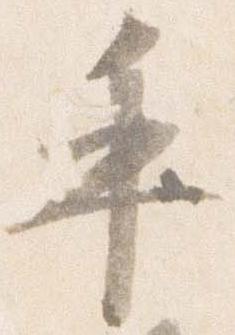
手